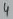
Text: 4